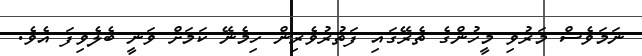
ނަމަވެސް މަރުވި މީހުންގެ ތެރޭގައި ފަތުރުވެރިން ހިމެނޭ ކަމަށް ވަނީ ބެލެވިފަ އެވެ.